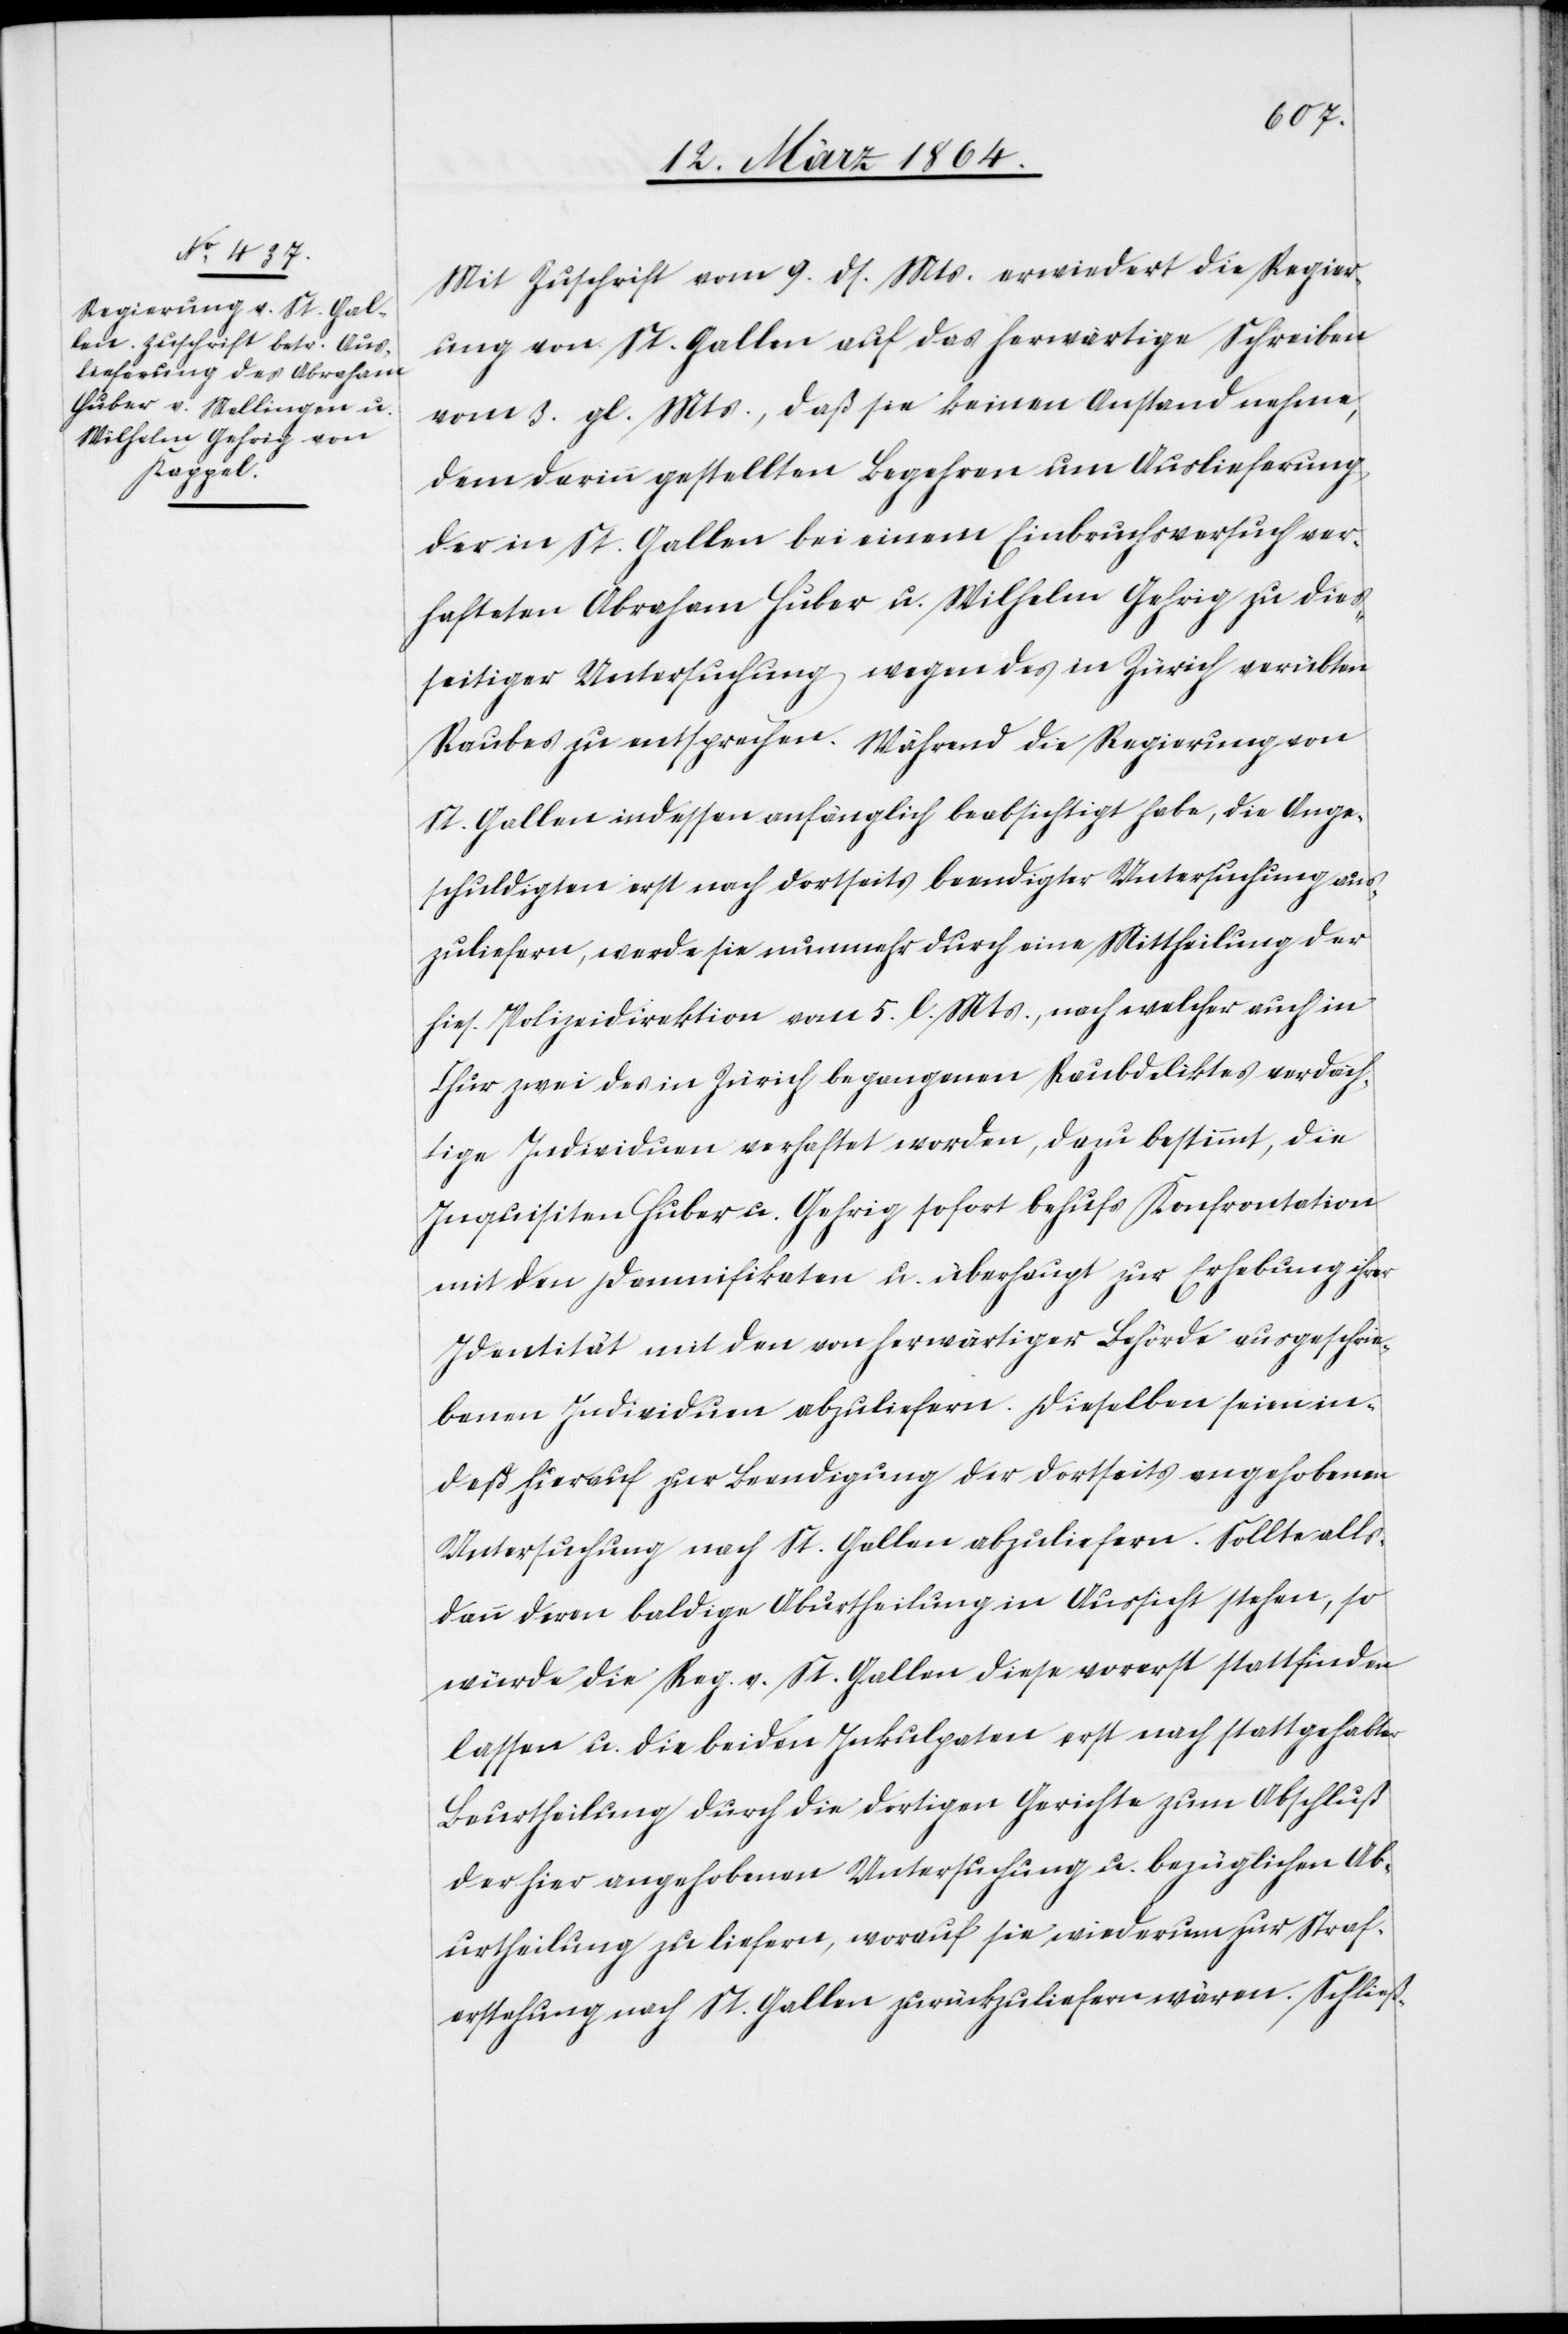
12. März 1864.]
Mit Zuschrift vom 9. ds. Mts. erwiedert die Regier¬
ung von St. Gallen auf das herwärtige Schreiben
vom 3. gl. Mts., daß sie keinen Anstand nehme,
dem darin gestellten Begehren um Auslieferung
der in St. Gallen bei einem Einbruchsversuch ver¬
hafteten Abraham Huber u. Wilhelm Gehrig zu dies¬
seitiger Untersuchung wegen des in Zürich verübten
Raubes zu entsprechen. Während die Regierung von
St. Gallen indessen anfänglich beabsichtigt habe, die Ange¬
schuldigten erst nach dortseits beendigter Untersuchung aus¬
zuliefern, werde sie nunmehr durch eine Mittheilung der
hies. Polizeidirektion vom 5. l. Mts., nach welcher auch in
Chur zwei des in Zürich begangenen Raubdeliktes verdäch¬
tige Individuen verhaftet worden, dazu bestimmt, die
Inquisitien Huber u. Gehrig sofort behufs Konfrontation
mit den Damnifikaten u. überhaupt zur Erhebung ihrer
Identität mit den von herwärtiger Behörde ausgeschrie¬
benen Individuen abzuliefern. Dieselben seien in¬
deß hierauf zur Beendigung der dortseits angehobenen
Untersuchung nach St. Gallen abzuliefern. Sollte alls¬
dann deren baldige Aburtheilung in Aussicht stehen, so
würde die Reg. v. St. Gallen diese vorerst stattfinden
lassen u. die beiden Inkulpaten erst nach stattgehabter
Beurtheilung durch die dortigen Gerichte zum Abschluß
der hier angehobenen Untersuchung u. bezüglichen Ab¬
urtheilung zu liefern, worauf sie wiederum zur Straf¬
erstehung nach St. Gallen zurückzuliefern wären. Schließ-